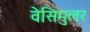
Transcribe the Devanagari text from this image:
वेसिमुलर